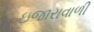
ઇજારાવાળી